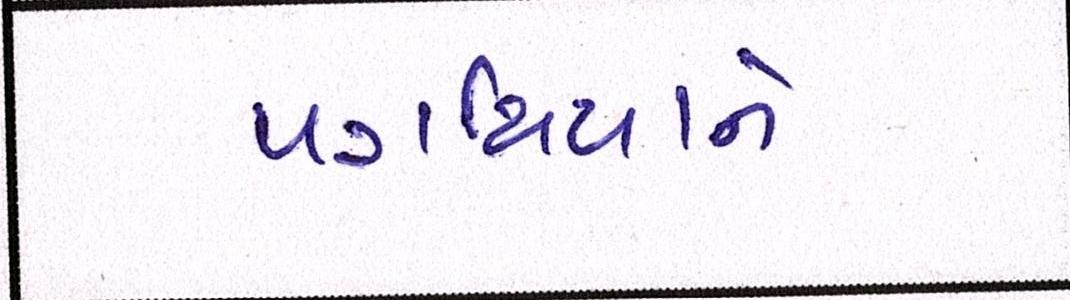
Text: પગથિયાને